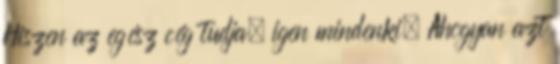
Hiszen az egész cég tudja, igen mindenki. Ahogyan azt